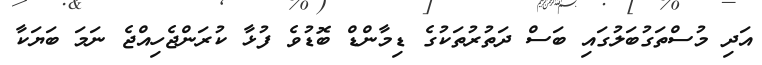
އަދި މުސްތަގުބަލުގައި ބަސް ދަތުރުތަކުގެ ޑިމާންޑް ބޮޑުވެ ފުޅާ ކުރަންޖެހިއްޖެ ނަމަ ބަޔަކާ